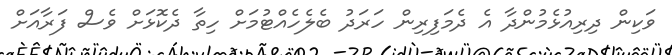
ވަކިން ދިރިއުޅެމުންދާ އެ ދެމަފިރިން ހަރަދު ބެލެހެއްޓުމަށް ހިތާ ދެކޮޅަށް ވެސް ފަރާއަށް